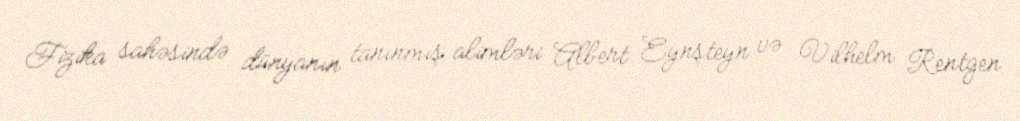
Fizika sahəsində dünyanın tanınmış alimləri Albert Eynşteyn və Vilhelm Rentgen